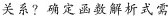
关系?确定函数解析式需